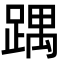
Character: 𮛵